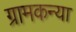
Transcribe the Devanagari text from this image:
ग्रामकन्या